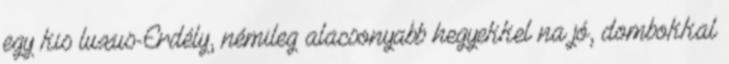
egy kis luxus-Erdély, némileg alacsonyabb hegyekkel na jó, dombokkal